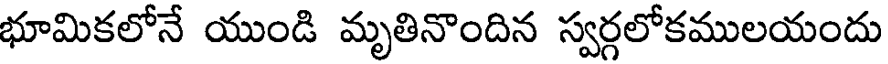
భూమికలోనే యుండి మృతినొందిన స్వర్గలోకములయందు